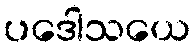
ပဒေါသယေ